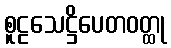
စူဠသေဋ္ဌိပေတဝတ္ထု